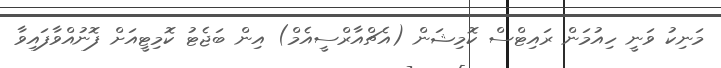
މަނިކު ވަނީ ހިއުމަން ރައިޓްސް ކޮމިޝަން (އެޗްއާރްސީއެމް) އިން ބަޖެޓު ކޮމިޓީއަށް ފޮނުއްވާފައިވާ